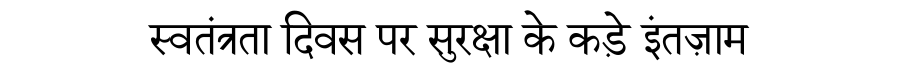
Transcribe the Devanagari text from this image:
स्वतंत्रता दिवस पर सुरक्षा के कड़े इंतज़ाम